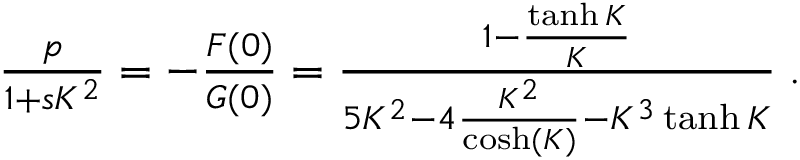
\begin{array} { r } { \frac { p } { 1 + s K ^ { 2 } } = - \frac { F ( 0 ) } { G ( 0 ) } = \frac { 1 - \frac { \operatorname { t a n h } K } { K } } { 5 K ^ { 2 } - 4 \frac { K ^ { 2 } } { \cosh ( K ) } - K ^ { 3 } \operatorname { t a n h } K } \; . } \end{array}